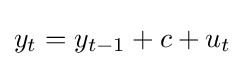
y_{t}=y_{t-1}+c+u_{t}